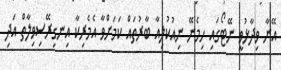
އޭނާ ވިދާޅުވީ ނޭޓޯގައި ހިމެނޭ ނިއުކުލިއާ ބާރުތައް ކަމަށްވާ އެމެރިކާ އިނގިރޭސިވިލާތް އަދި